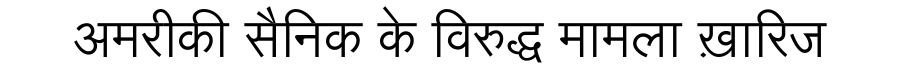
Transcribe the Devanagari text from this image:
अमरीकी सैनिक के विरुद्ध मामला ख़ारिज